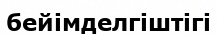
бейімделгіштігі